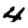
Digit: 4